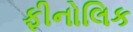
ફીનોલિક